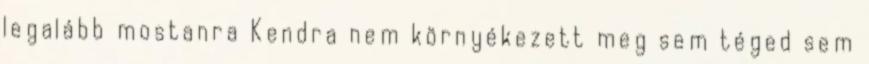
legalább mostanra Kendra nem környékezett meg sem téged sem